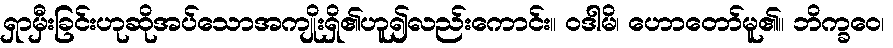
ရှာမှီးခြင်းဟုဆိုအပ်သောအကျိုးရှိ၏ဟူ၍လည်းကောင်း။ ဝဒါမိ၊ ဟောတော်မူ၏။ ဘိက္ခဝေ၊